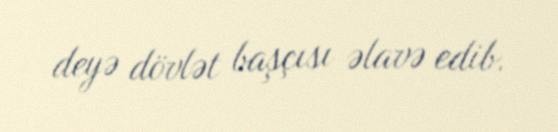
deyə dövlət başçısı əlavə edib.